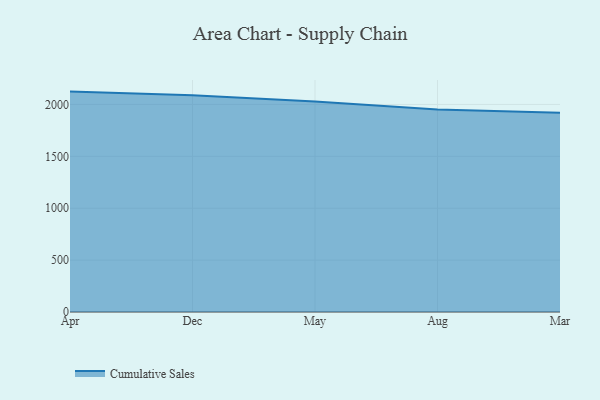
{"axis": {"x": "Month", "y": "Shipments"}, "legend": ["Cumulative Sales"], "data": [{"x": "Apr", "y": 2123.7, "type": "Cumulative Sales"}, {"x": "Dec", "y": 2089.3, "type": "Cumulative Sales"}, {"x": "May", "y": 2029.4, "type": "Cumulative Sales"}, {"x": "Aug", "y": 1952.3, "type": "Cumulative Sales"}, {"x": "Mar", "y": 1919.5, "type": "Cumulative Sales"}]}